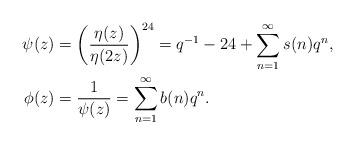
LaTeX: \begin{align*}\psi(z) &= \left(\frac{\eta(z)}{\eta(2z)} \right)^{24} = q^{-1} - 24 + \sum_{n=1}^\infty s(n) q^n, \\\phi(z) &= \frac{1}{\psi(z)} = \sum_{n=1}^\infty b(n) q^n. \end{align*}